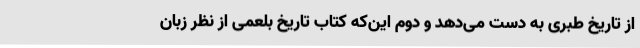
از تاریخ طبری به دست می‌دهد و دوم این‌که کتاب تاریخ بلعمی از نظر زبان